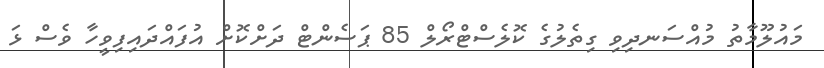
މައުލޫމާތު މުއްސަނދިވި ގިތެލުގެ ކޮލެސްޓްރޯލް 85 ޕަސެންޓް ދަށްކޮށް އުފައްދައިފިވީހާ ވެސް ޅަ